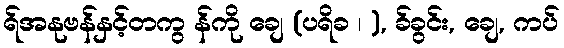
ရ်အနုဗန်နှင့်တကွ န်ကို ချေ (ပရိခ ၊ ), ခ်ခွင်း, ချေ, ကပ်